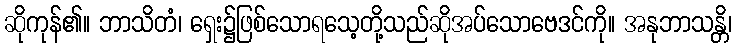
ဆိုကုန်၏။ ဘာသိတံ၊ ရှေး၌ဖြစ်သောရသေ့တို့သည်ဆိုအပ်သောဗေဒင်ကို။ အနုဘာသန္တိ၊